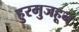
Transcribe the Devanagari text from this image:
हुरमुजहून